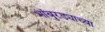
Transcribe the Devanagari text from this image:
भांबुरड्याच्‍या